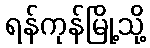
ရန်ကုန်မြို့သို့